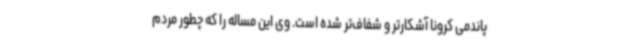
پاندمی کرونا آشکارتر و شفاف‌تر شده است. وی این مساله را که چطور مردم